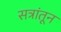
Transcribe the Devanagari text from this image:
सत्रांतून